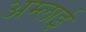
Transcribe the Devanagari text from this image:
अम्लाई